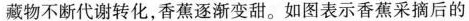
藏物不断代谢转化，香蕉逐渐变甜。如图表示香蕉采摘后的